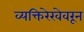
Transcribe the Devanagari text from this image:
व्यक्तिरेखेवरून